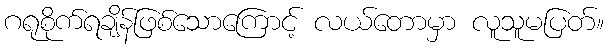
ဂရုစိုက်ရချိန်ဖြစ်သောကြောင့် လယ်တောမှာ လူသူမပြတ်။